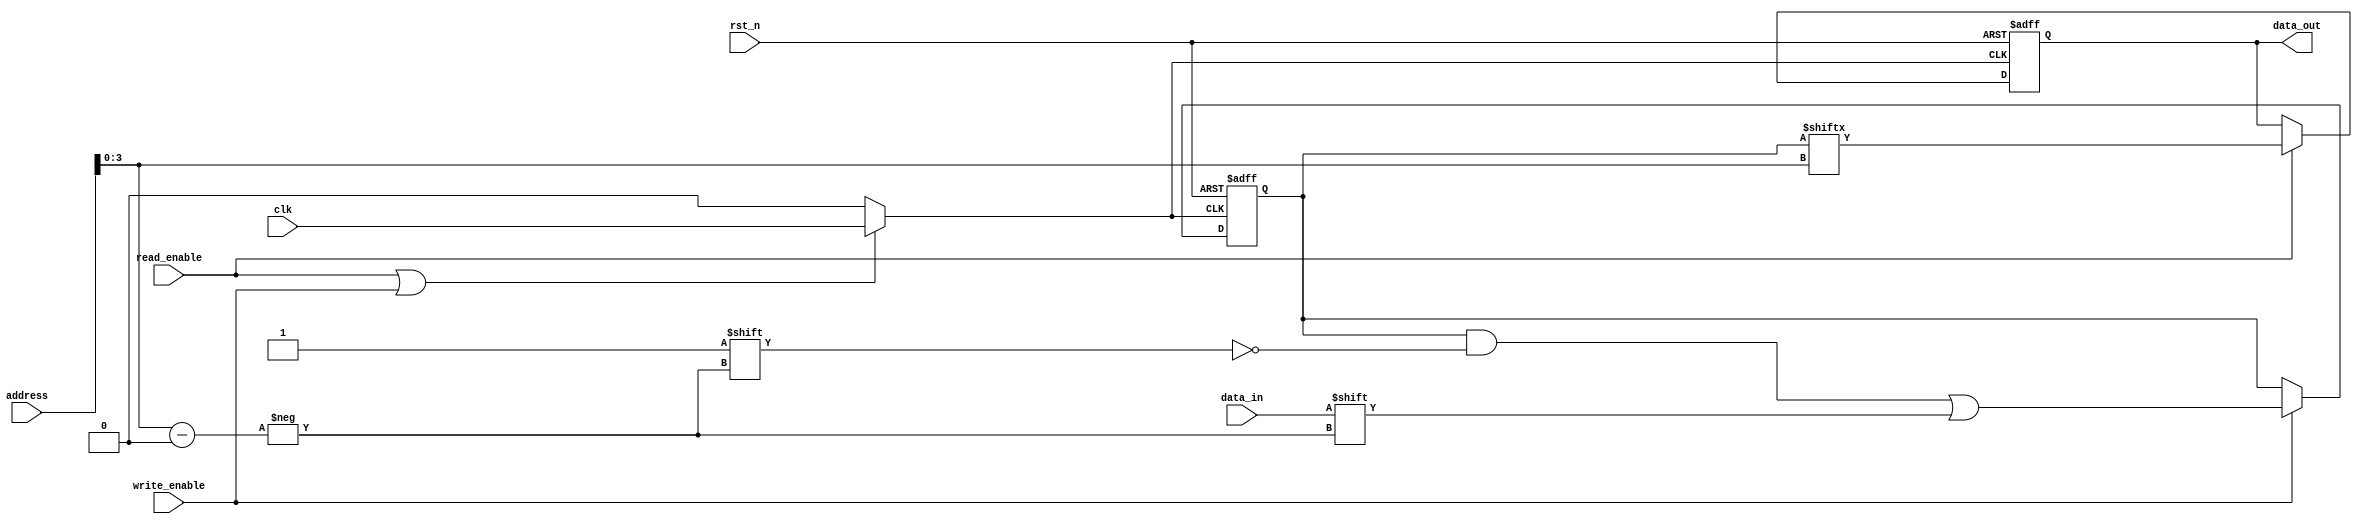
module MemoryBlock (
    input wire clk,               // Global clock
    input wire rst_n,             // Active low reset
    input wire [7:0] address,     // Address input
    input wire data_in,           // Data input for write operations
    input wire read_enable,       // Read operation enable
    input wire write_enable,      // Write operation enable
    output reg data_out           // Data output for read operations
);

    // Memory array (16 x 1-bit)
    reg [15:0] memory_array;

    // Clock gating signal
    wire gated_clk;
    reg clock_enable;

    // Address decoder
    wire [3:0] decoded_address;
    assign decoded_address = address[3:0]; // Assuming 16 words

    // Clock gating logic
    always @(*) begin
        // Enable clock if there is a read or write operation
        clock_enable = read_enable | write_enable;
    end

    // Gated clock generation
    assign gated_clk = clock_enable ? clk : 1'b0;

    // Memory operations
    always @(posedge gated_clk or negedge rst_n) begin
        if (!rst_n) begin
            memory_array <= 16'b0; // Reset memory
            data_out <= 1'b0;      // Reset output
        end else begin
            if (write_enable) begin
                memory_array[decoded_address] <= data_in; // Write data
            end
            if (read_enable) begin
                data_out <= memory_array[decoded_address]; // Read data
            end
        end
    end

endmodule